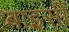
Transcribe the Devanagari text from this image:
बाइसीं